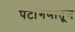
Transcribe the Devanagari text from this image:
पटांगणातून